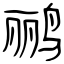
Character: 鹂